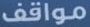
مواقف